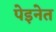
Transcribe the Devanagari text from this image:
पेइनेत